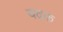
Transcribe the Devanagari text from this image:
बढक